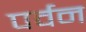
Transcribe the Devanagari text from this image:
पर्वन